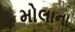
મોલાના